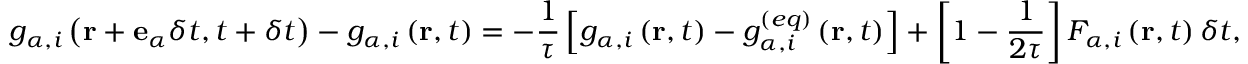
g _ { \alpha , i } \left( \mathbf { r } + \mathbf { e } _ { \alpha } \delta t , t + \delta t \right) - g _ { \alpha , i } \left( \mathbf { r } , t \right) = - \frac { 1 } { \tau } \left[ g _ { \alpha , i } \left( \mathbf { r } , t \right) - g _ { \alpha , i } ^ { ( e q ) } \left( \mathbf { r } , t \right) \right] + \left[ 1 - \frac { 1 } { 2 \tau } \right] F _ { \alpha , i } \left( \mathbf { r } , t \right) \delta t ,